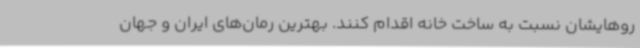
روهایشان نسبت به ساخت خانه اقدام کنند. بهترین رمان‌های ایران و جهان